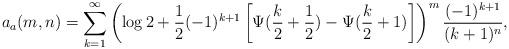
LaTeX: \begin{align*} a_a(m,n) = \sum_{k=1}^{\infty} \left( \log2 + \frac{1}{2} (-1)^{k+1}\left[ \Psi(\frac{k}{2}+\frac{1}{2})-\Psi(\frac{k}{2}+1)\right]\right)^m \frac{(-1)^{k+1}}{(k+1)^n},\end{align*}